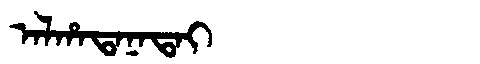
Manchu: ᠠᠯᡥᠠᡨᠠᠨᠠᡨᠠᡳ
Romanization: ALHATANATAI